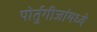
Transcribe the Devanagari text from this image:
पोर्तुगीजांमध्ये